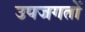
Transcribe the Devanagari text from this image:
उपजगतों